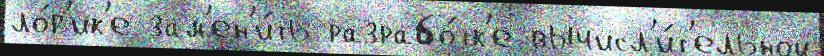
ло́г'ик'е зам'ен'и́ть разрабо́тк'е вычисл'и́т'ельной